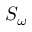
S _ { \omega }